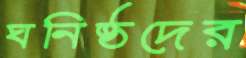
ঘনিষ্ঠদের